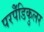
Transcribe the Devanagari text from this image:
परपेँडिकुलर